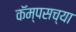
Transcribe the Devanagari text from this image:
कॅम्पसच्या